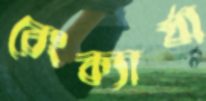
রেংক্যার্যা